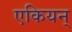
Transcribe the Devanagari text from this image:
एकियन्